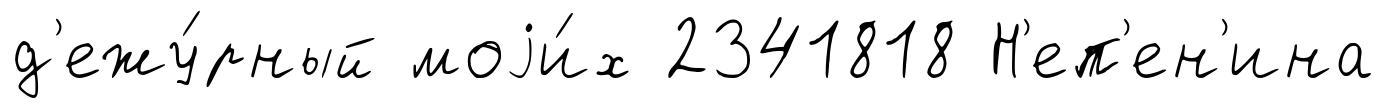
д'ежу́рный моjи́х 2341818 Н'еп'ен'ина